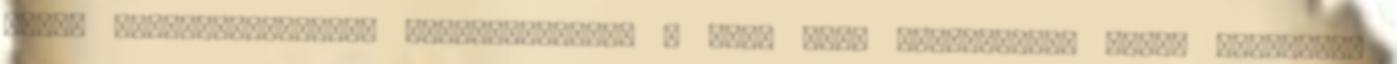
egyik legtehetségesebb felfedezettje, a Mona Lisa mosolyá-ban Julia Robertset